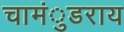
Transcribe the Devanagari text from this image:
चामंुडराय